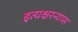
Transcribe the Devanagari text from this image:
इत्यक्षरन्यास